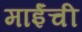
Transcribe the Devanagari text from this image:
माईंची